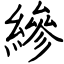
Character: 縿